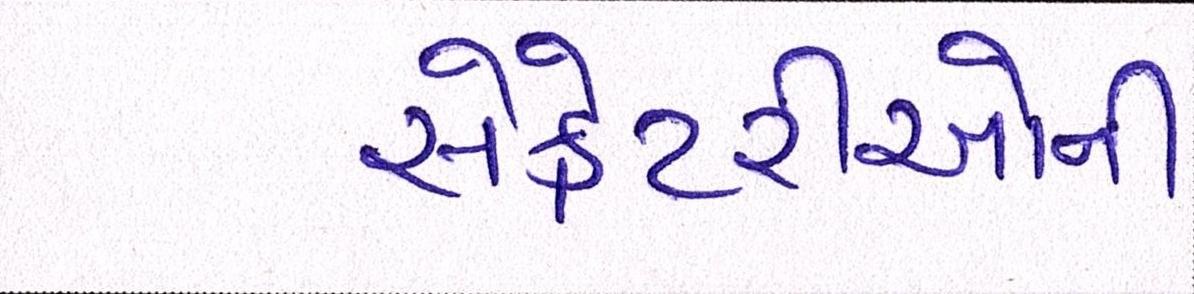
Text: સેક્રેટરીઓની